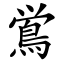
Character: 鴬